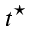
t ^ { \star }